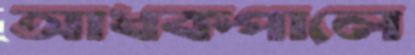
আধকপালে